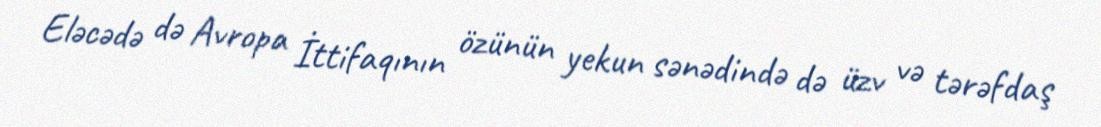
Eləcədə də Avropa İttifaqının özünün yekun sənədində də üzv və tərəfdaş